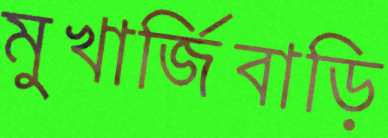
মুখার্জিবাড়ি